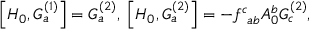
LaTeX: \left[ H _ { 0 } , G _ { a } ^ { ( 1 ) } \right] = G _ { a } ^ { ( 2 ) } , \; \left[ H _ { 0 } , G _ { a } ^ { ( 2 ) } \right] = - f _ { \; \; a b } ^ { c } A _ { 0 } ^ { b } G _ { c } ^ { ( 2 ) } ,